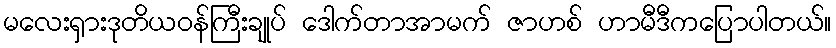
မလေးရှားဒုတိယဝန်ကြီးချုပ် ဒေါက်တာအာမက် ဇာဟစ် ဟာမီဒီကပြောပါတယ်။